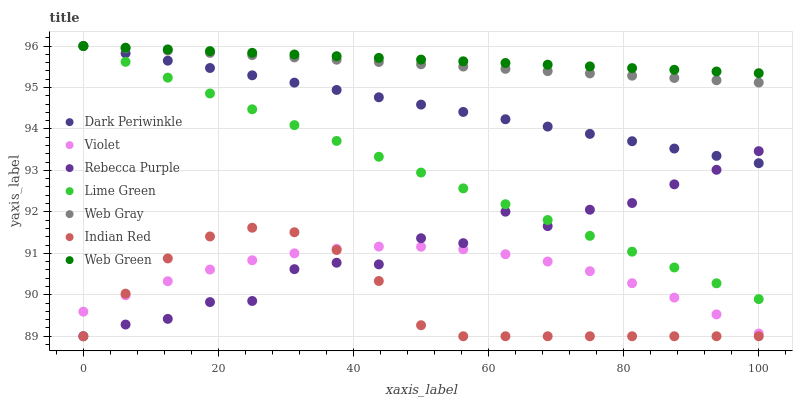
| xaxis_label | Dark Periwinkle | Violet | Rebecca Purple | Lime Green | Web Gray | Indian Red | Web Green |
 | --- | --- | --- | --- | --- | --- | --- | --- |
 | 0 | 96 | 89.6 | 89 | 96 | 96 | 89 | 96 |
 | 6.25 | 95.8 | 90 | 89.3 | 95.6 | 95.9 | 90 | 96 |
 | 12.5 | 95.6 | 90.3 | 89.4 | 95.2 | 95.9 | 90.9 | 95.9 |
 | 18.8 | 95.5 | 90.6 | 89.8 | 94.9 | 95.8 | 91.4 | 95.9 |
 | 25 | 95.3 | 90.8 | 89.9 | 94.5 | 95.8 | 91.6 | 95.8 |
 | 31.2 | 95.1 | 91 | 90.6 | 94.1 | 95.7 | 91.5 | 95.8 |
 | 37.5 | 94.9 | 91.1 | 90.8 | 93.7 | 95.7 | 91.1 | 95.8 |
 | 43.8 | 94.8 | 91.2 | 90.7 | 93.3 | 95.6 | 90.3 | 95.7 |
 | 50 | 94.6 | 91.2 | 91.4 | 92.9 | 95.6 | 89.3 | 95.7 |
 | 56.2 | 94.4 | 91.1 | 91.2 | 92.6 | 95.5 | 89 | 95.6 |
 | 62.5 | 94.2 | 91 | 92 | 92.2 | 95.4 | 89 | 95.6 |
 | 68.8 | 94.1 | 90.8 | 91.7 | 91.8 | 95.4 | 89 | 95.5 |
 | 75 | 93.9 | 90.6 | 92.1 | 91.4 | 95.3 | 89 | 95.5 |
 | 81.2 | 93.7 | 90.3 | 92.2 | 91 | 95.3 | 89 | 95.5 |
 | 87.5 | 93.5 | 89.9 | 92.7 | 90.7 | 95.2 | 89 | 95.4 |
 | 93.8 | 93.4 | 89.5 | 93 | 90.3 | 95.2 | 89 | 95.4 |
 | 100 | 93.2 | 89.1 | 93.5 | 89.9 | 95.1 | 89 | 95.3 |